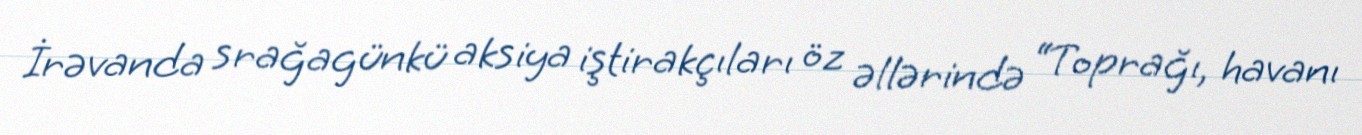
İrəvanda srağagünkü aksiya iştirakçıları öz əllərində “Toprağı, havanı